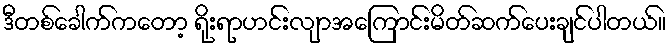
ဒီတစ်ခေါက်ကတော့ ရိုးရာဟင်းလျာအကြောင်းမိတ်ဆက်ပေးချင်ပါတယ်။